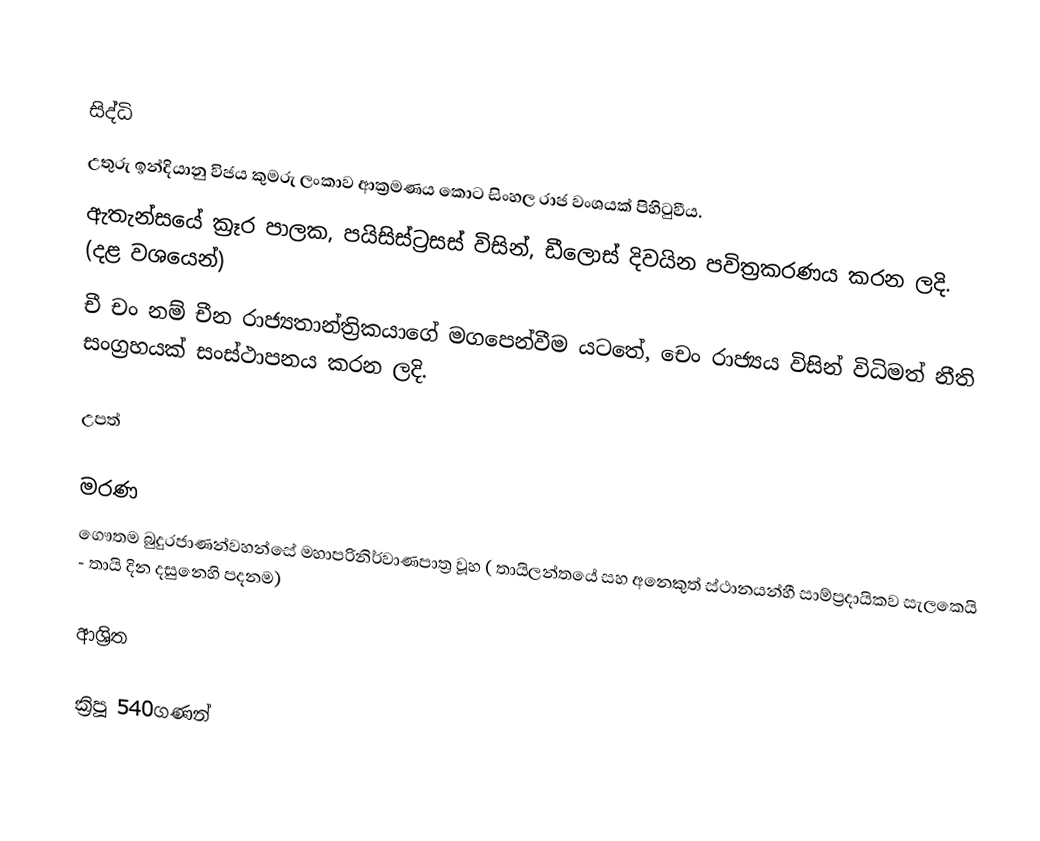

සිද්ධි
 උතුරු ඉන්දියානු විජය කුමරු ලංකාව ආක්‍රමණය කොට සිංහල රාජ වංශයක් පිහිටුවීය.
 ඇතැන්සයේ ක්‍රෑර පාලක, පයිසිස්ට්‍රසස් විසින්,  ඩීලොස් දිවයින පවිත්‍රකරණය කරන ලදි. (දළ වශයෙන්)
 චී චං නම් චීන රාජ්‍යතාන්ත්‍රිකයාගේ මගපෙන්වීම යටතේ, චෙං රාජ්‍යය විසින් විධිමත් නීති සංග්‍රහයක් සංස්ථාපනය කරන ලදි.

උපත්

මරණ
 ගෞතම බුදුරජාණන්වහන්සේ මහාපරිනිර්වාණපාත්‍ර වූහ ( තායිලන්තයේ සහ අනෙකුත් ස්ථානයන්හී සාම්ප්‍රදායිකව සැලකෙයි -  තායි දින දසුනෙහි පදනම)

ආශ්‍රිත

ක්‍රිපූ 540ගණන්